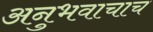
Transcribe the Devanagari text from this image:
अनुभवाचाच